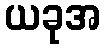
ယခုအ